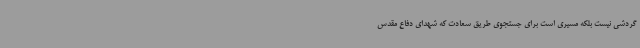
گردشی نیست بلکه مسیری است برای جستجوی طریق سعادت که شهدای دفاع مقدس